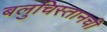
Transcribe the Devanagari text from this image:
बलुचिस्तानची